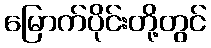
မြောက်ပိုင်းတို့တွင်